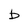
Character: b